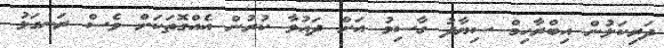
ދަރިކަލުން އިބްރާހިމް ސިޔާދު ގާސިމު އަށް ދައުވާ ކުރުން އެއްގޮތަކަށް ވެސް ރަނގަޅު